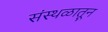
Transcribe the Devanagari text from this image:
संस्थळातून